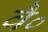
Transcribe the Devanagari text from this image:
वै०